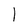
Character: 1